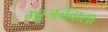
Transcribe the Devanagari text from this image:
गरजनेवाला